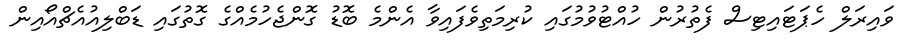
ވައިރަލް ހެޕަޓައިޓިސް ފެތުރުން ހުއްޓުވުމުގައި ކުރިމަތިވެފައިވާ އެންމެ ބޮޑު ގޮންޖެހުމެއްގެ ގޮތުގައި ޑަބްލިއުއެޗްއޯއިން